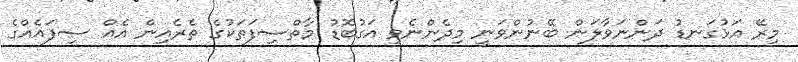
މިރޭ އަޅުގަނޑު ދަންނަވާލަން ބޭނުންވަނީ މިދެންނެވި އަގުބޮޑު މާތްސިފަތަކުގެ ތެރެއިން އެއް ސިފައެއްގެ